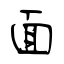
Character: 面